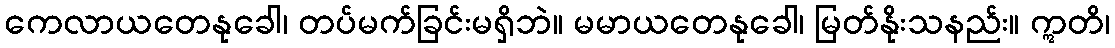
ကေလာယတေနုခေါ၊ တပ်မက်ခြင်းမရှိဘဲ။ မမာယတေနုခေါ၊ မြတ်နိုးသနည်း။ ဣတိ၊